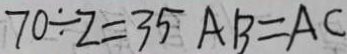
7 0 \div 2 = 3 5 A B = A C